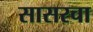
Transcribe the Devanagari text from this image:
सासरचा